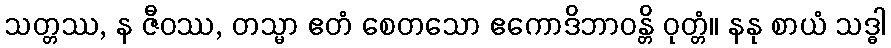
သတ္တဿ, န ဇီဝဿ, တသ္မာ ဧတံ စေတသော ဧကောဒိဘာဝန္တိ ဝုတ္တံ။ နနု စာယံ သဒ္ဓါ